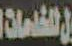
الخدمات